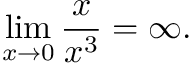
\operatorname* { l i m } _ { x \to 0 } { \frac { x } { x ^ { 3 } } } = \infty . \qquad